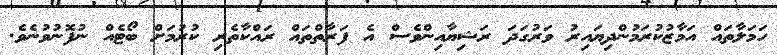
ހަމަލާތައް އަމާޒުކުރަމުންދިޔައިރު ވަރުގަދަ ރަޝިޔާއިންވެސް އެ ފަރާތްތައް ރައްކާތެރި ކުރުމަށް ބޯޓެއް ނުފޮނުވުނެވެ.